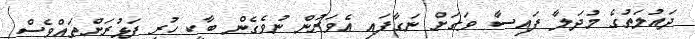
ދައުލަތުގެ މުދަލާ ފައިސާ ވަގަށް ނަގާފައި އެވަރުން ނުވެގެން ބާކީ ހުރި ފަޅުރަށްތައްވެސް